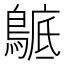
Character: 𪂰